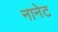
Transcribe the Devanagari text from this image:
नानेट